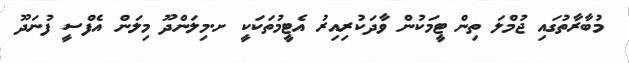
މުބާރާތުގައި ޖުމްލަ ތިން ޓީމަކުން ވާދަކުރިއިރު އެޓީމުތަަކަކީ ށ.މިލަންދޫ މިލަން އެފްސީ ފުނަދޫ